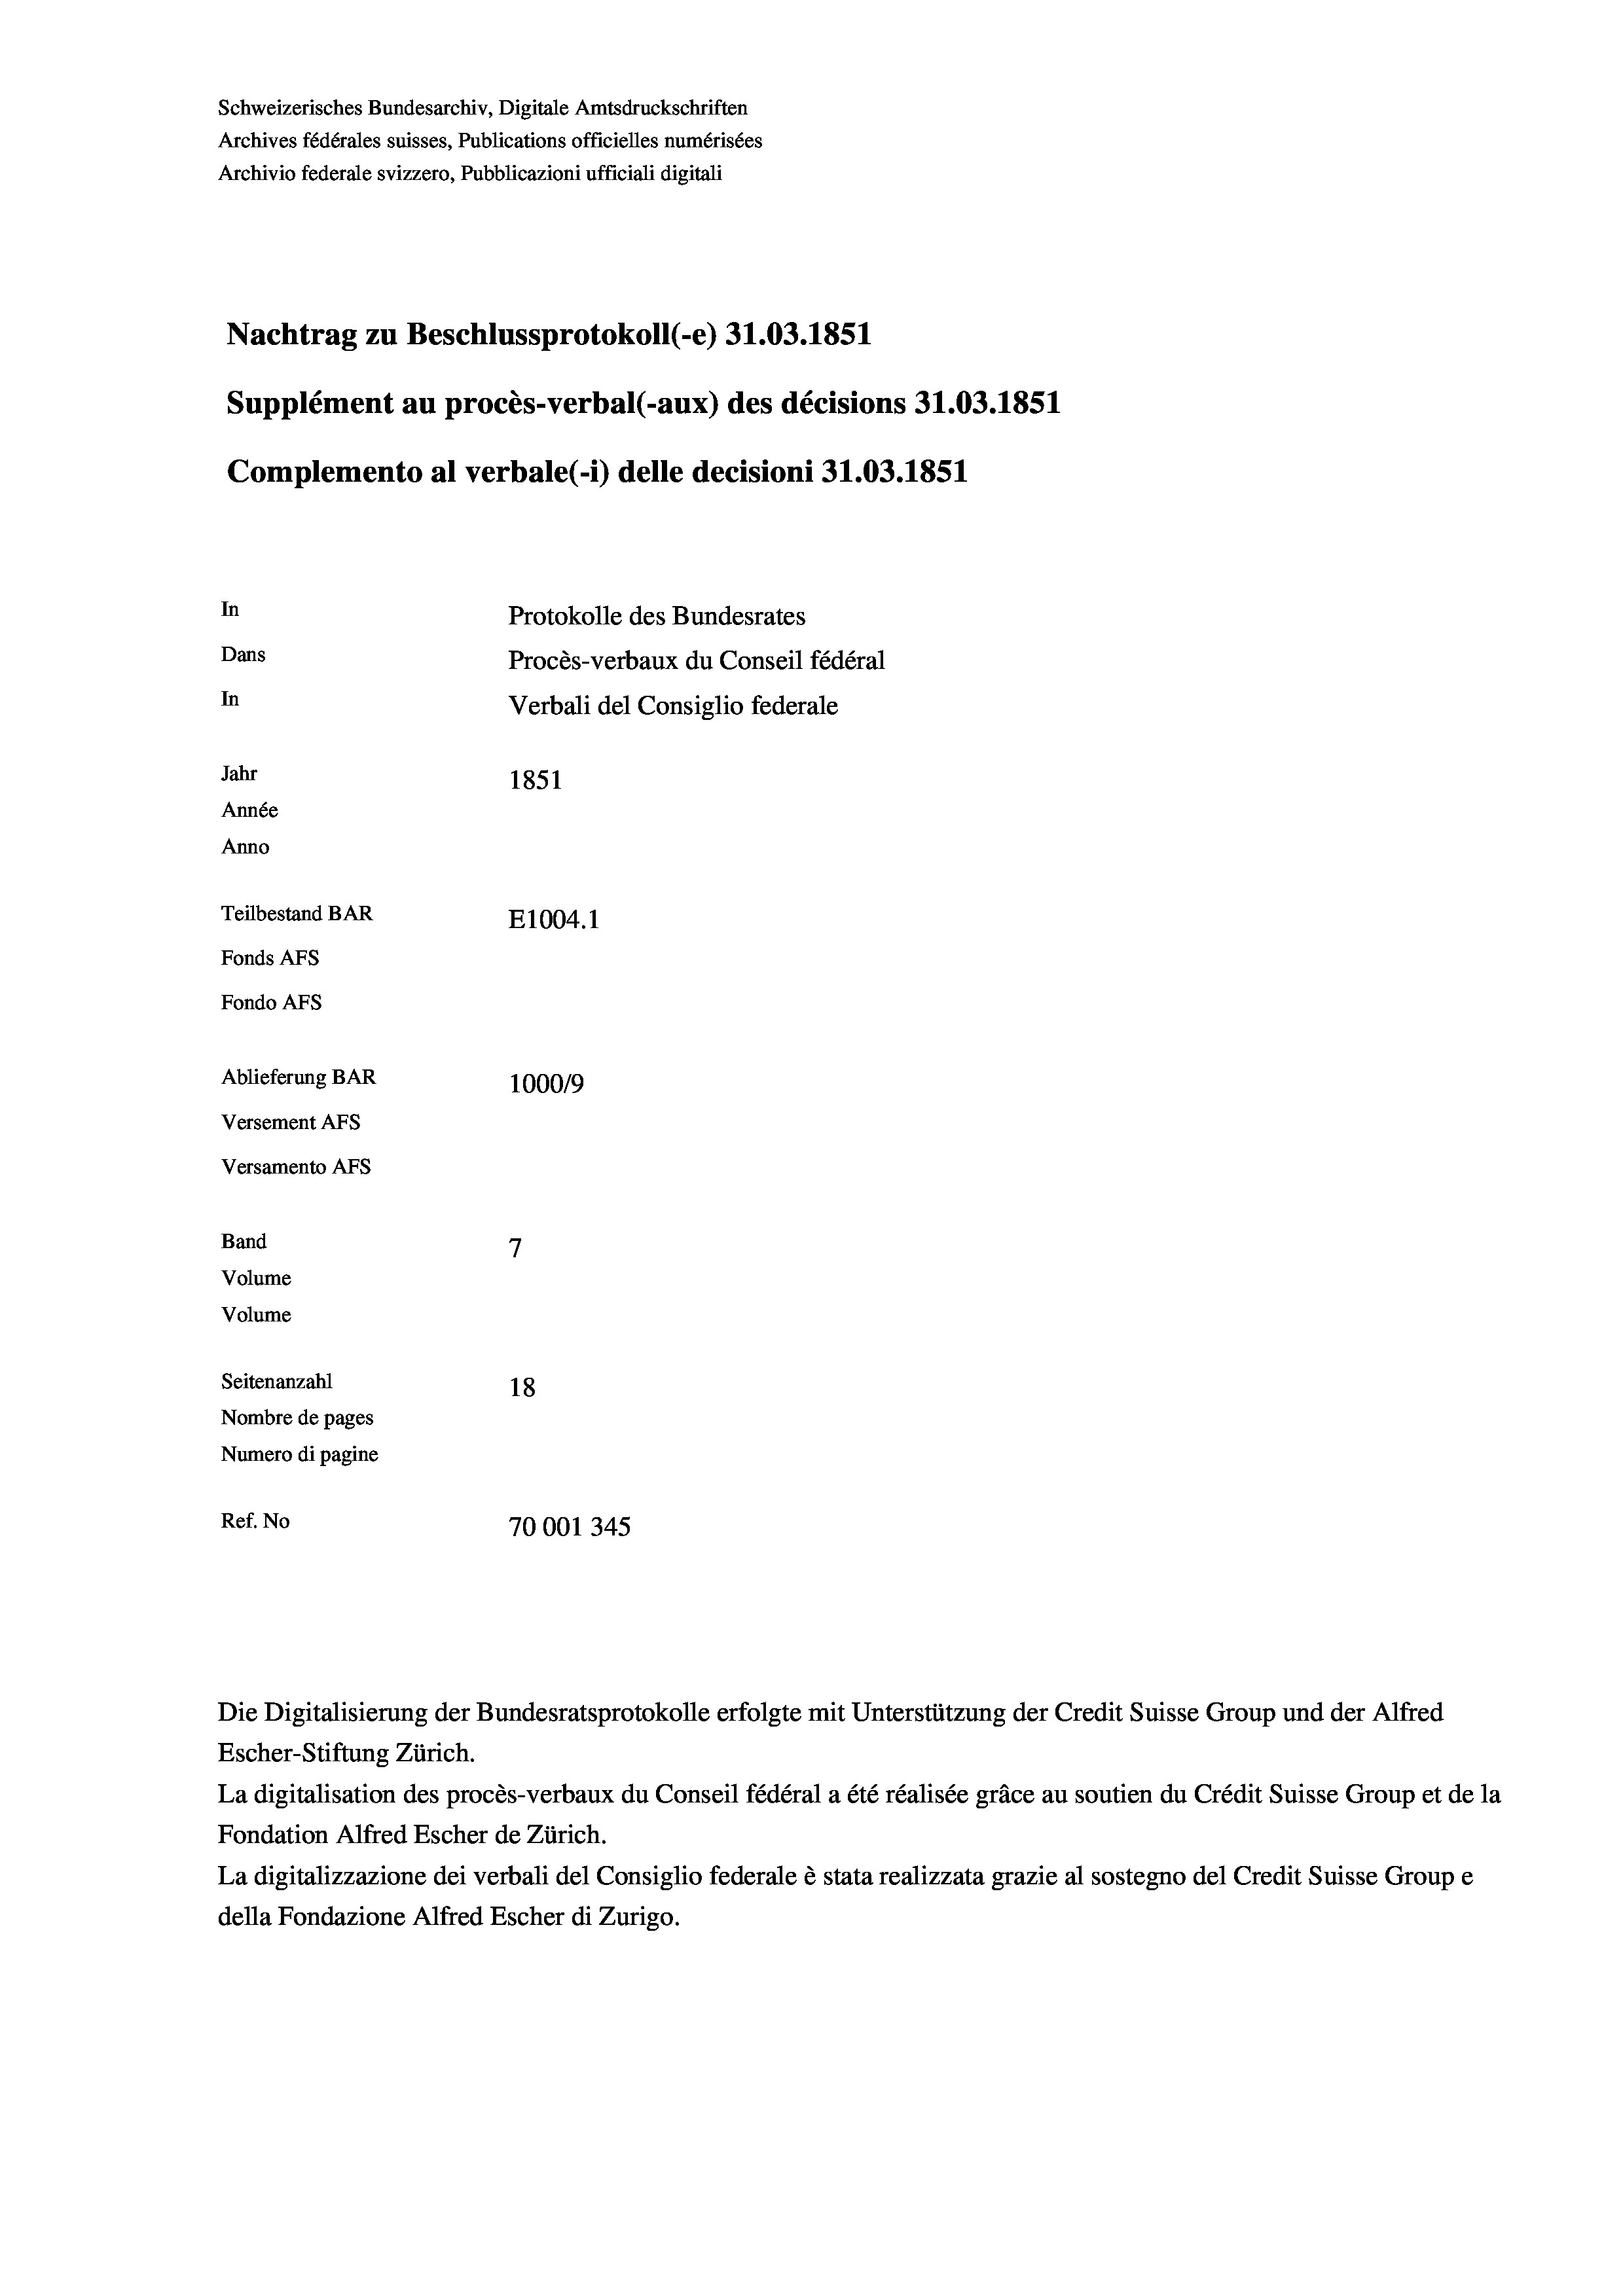
Schweizerisches Bundesarchiv, Digitale Amtsdruckschriften
Archives fédérales suisses, Publications officielles numérisées
Archivio federale svizzero, Pubblicazioni ufficiali digitali
Nachtrag zu Beschlussprotokoll (-e) 31.03. 1851
Supplément au procès-verbal (-aux) des décisions 31.03. 1851
Complemento al verbale (i) delle decisioni 31.03. 1851
In
Protokolle des Bundesrates
Dans
Procès-verbaux du Conseil fédéral
In
Verbali del Consiglio federale
Jahr
1851
Année
Anno
Teilbestand BAR
E1004. 1
Fonds AFs
Fondo Afs
Ablieferung BAR
100019
Versement AFs
Versamento Afs
Band
7
Volume
Volume
Seitenanzahl
18
Nombre de pages
Numero di pagine

Ref. No
70001345

Escher-Stiftung Zürich.
La digitalisation des procès-verbaux du Conseil fédéral a été réalisée gräce au soutien du Crédit Suisse Group et de la
Fondation Alfred Escher de Zürich.
La digitalizzazione dei verbali del Consiglio federale è stata realizzata grazie al sostegno del Credit Suisse Groupe
della Fondazione Alfred Escher di Zurigo.

Die Digitalisierung der Bundesratsprotokolle erfolgte mit Unterstützung der Credit Suisse Group und der Alfred